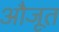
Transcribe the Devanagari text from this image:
औजूत